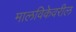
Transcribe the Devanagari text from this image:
मालविकेवरील